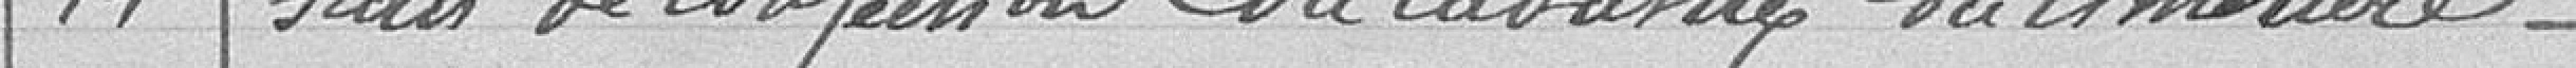
14. Frais de confection du cadastre du cimetière